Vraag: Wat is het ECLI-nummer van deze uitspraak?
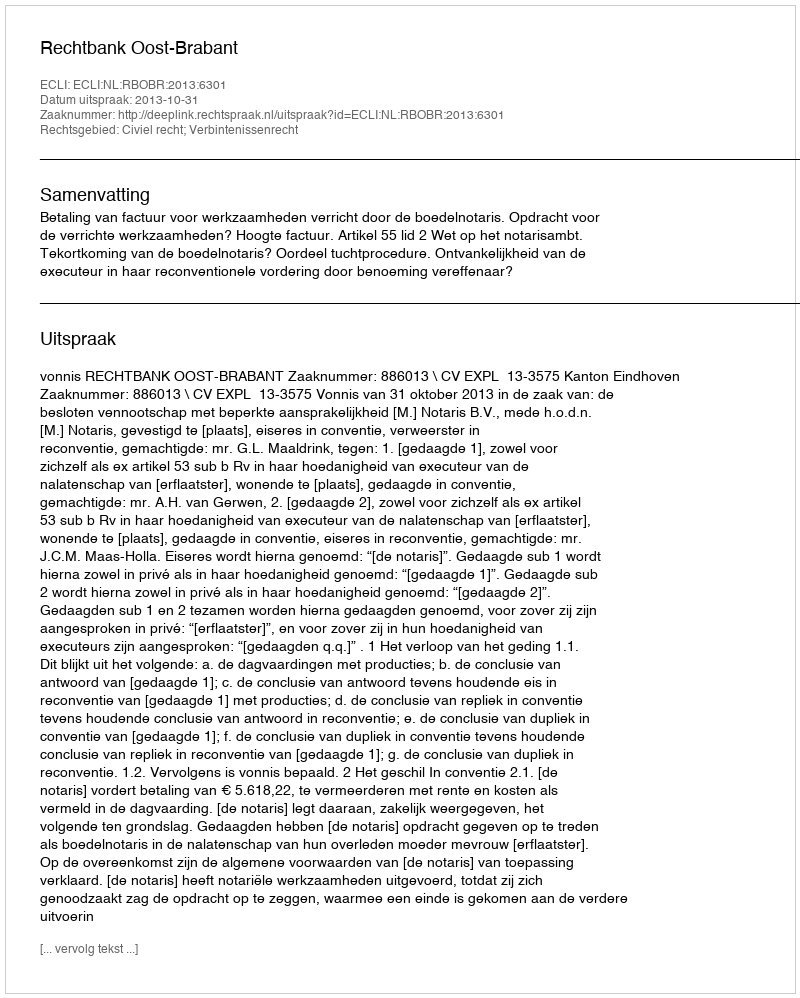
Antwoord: ECLI:NL:RBOBR:2013:6301